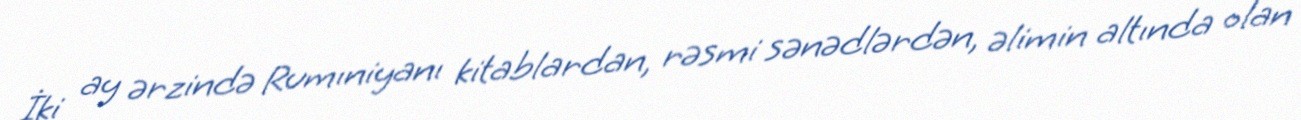
İki ay ərzində Rumıniyanı kitablardan, rəsmi sənədlərdən, əlimin altında olan